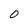
Character: O